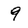
Character: 9